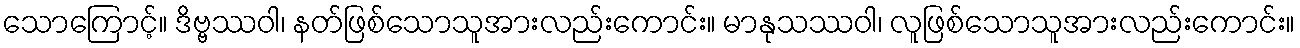
သောကြောင့်။ ဒိဗ္ဗဿဝါ၊ နတ်ဖြစ်သောသူအားလည်းကောင်း။ မာနုသဿဝါ၊ လူဖြစ်သောသူအားလည်းကောင်း။